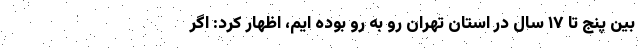
بین پنج تا ۱۷ سال در استان تهران رو به رو بوده ایم، اظهار کرد: اگر